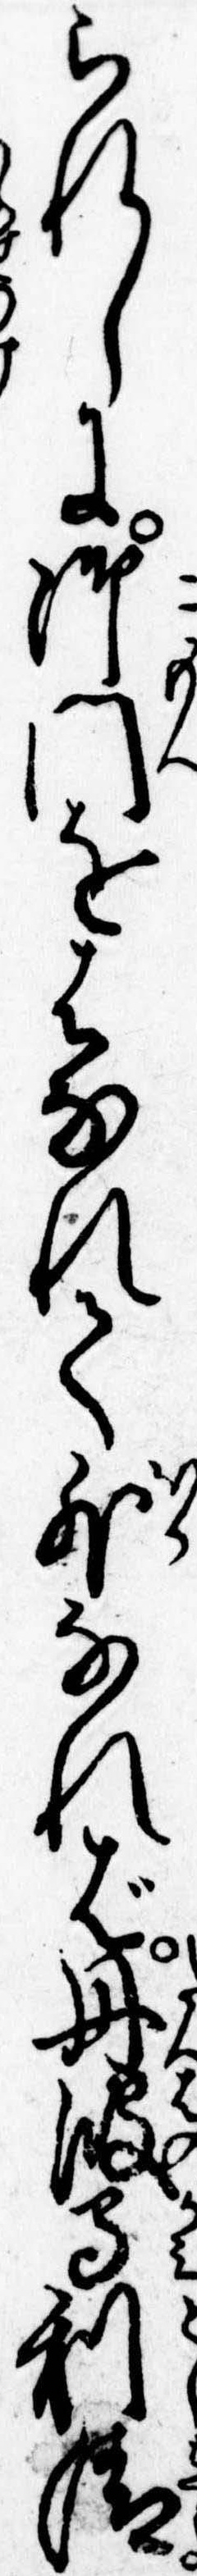
られしに御門をはなれて外なれば丹波守利清